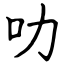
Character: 叻